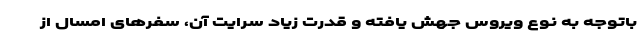
باتوجه به نوع ویروس جهش یافته و قدرت زیاد سرایت آن، سفرهای امسال از